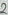
Text: 2